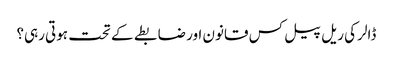
ڈالر کی ریل پیل کس قانون اور ضابطے کے تحت ہوتی رہی؟